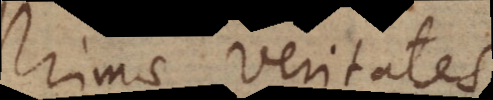
reliquae veritates